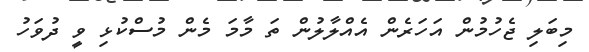
މިބަލި ޖެހުމުން އަހަރެން އެއްލާލުން ތަ މާމަ މެން މުސްކުޅި ވީ ދުވަހު